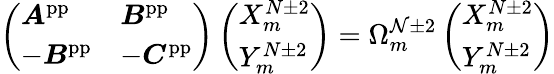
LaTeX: \left(\begin{array}{ll}{\boldsymbol{A}^{\mathrm{pp}}}&{\boldsymbol{B}^{\mathrm{pp}}}\\ {-\boldsymbol{B}^{\mathrm{pp}}}&{-\boldsymbol{C}^{\mathrm{pp}}}\end{array}\right)\left(\begin{array}{l}{X_{m}^{N\pm 2}}\\ {Y_{m}^{N\pm 2}}\end{array}\right)=\Omega_{m}^{\mathcal{N}\pm2}\left(\begin{array}{l}{X_{m}^{N\pm 2}}\\ {Y_{m}^{N\pm 2}}\end{array}\right)